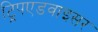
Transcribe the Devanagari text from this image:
ट्रिपएडवाइसर